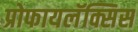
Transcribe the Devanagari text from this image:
प्रोफायलॅक्सिस